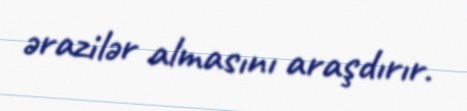
ərazilər almasını araşdırır.